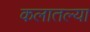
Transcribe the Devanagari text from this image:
कलातल्या